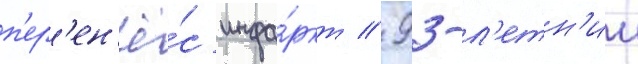
п'ер'ен'ё́с инфа́ркт // 93-л'етн'ии